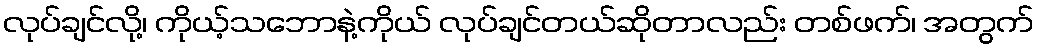
လုပ်ချင်လို့၊ ကိုယ့်သဘောနဲ့ကိုယ် လုပ်ချင်တယ်ဆိုတာလည်း တစ်ဖက်၊ အတွက်